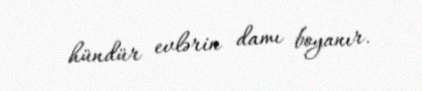
hündür evlərin damı boyanır.